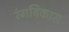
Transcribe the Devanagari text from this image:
रंगविकास